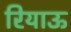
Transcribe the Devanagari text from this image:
रियाऊ